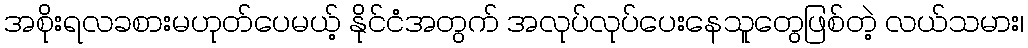
အစိုးရလခစားမဟုတ်ပေမယ့် နိုင်ငံအတွက် အလုပ်လုပ်ပေးနေသူတွေဖြစ်တဲ့ လယ်သမား၊